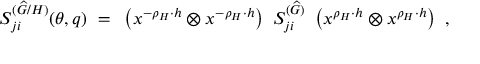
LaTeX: S _ { j i } ^ { ( { \widehat G } / H ) } ( \theta , q ) ~ = ~ \left( x ^ { - \rho _ { H } \cdot h } \otimes x ^ { - \rho _ { H } \cdot h } \right) ~ S _ { j i } ^ { ( { \widehat G } ) } ~ \left( x ^ { \rho _ { H } \cdot h } \otimes x ^ { \rho _ { H } \cdot h } \right) \ ,